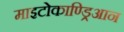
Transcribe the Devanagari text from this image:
माइटोकाण्ड्रिआन